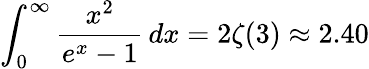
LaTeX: \int_{0}^{\infty}{\frac{x^{2}}{e^{x}-1}}\, dx=2\zeta(3)\approx 2.40